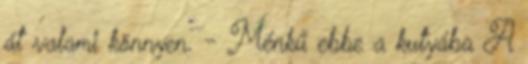
át valami könnyen. - Ménkű ebbe a kutyába A